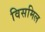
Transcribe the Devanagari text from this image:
विसमिल